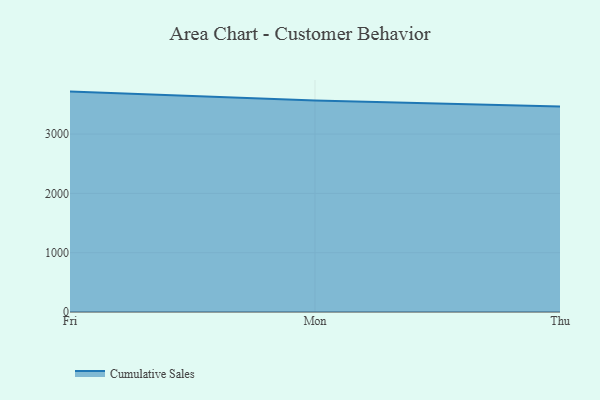
{"axis": {"x": "Day", "y": "Temperature (°C)"}, "legend": ["Cumulative Sales"], "data": [{"x": "Fri", "y": 3716.3, "type": "Cumulative Sales"}, {"x": "Mon", "y": 3565.7, "type": "Cumulative Sales"}, {"x": "Thu", "y": 3464.6, "type": "Cumulative Sales"}]}